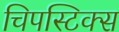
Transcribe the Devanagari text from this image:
चिपस्टिक्स